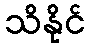
သိနိုင်